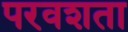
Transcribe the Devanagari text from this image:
परवशता